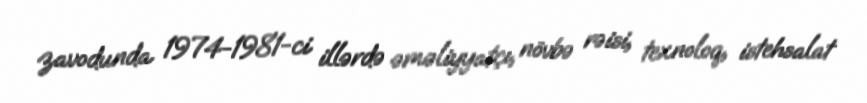
zavodunda 1974-1981-ci illərdə əməliyyatçı, növbə rəisi, texnoloq, istehsalat